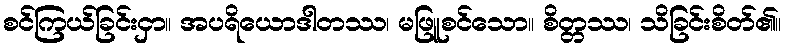
စင်ကြယ်ခြင်းငှာ။ အပရိယောဒါတဿ၊ မဖြူစင်သော။ စိတ္တဿ၊ သိခြင်းစိတ်၏။